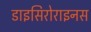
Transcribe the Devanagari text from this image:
डाइसिरोराइनस